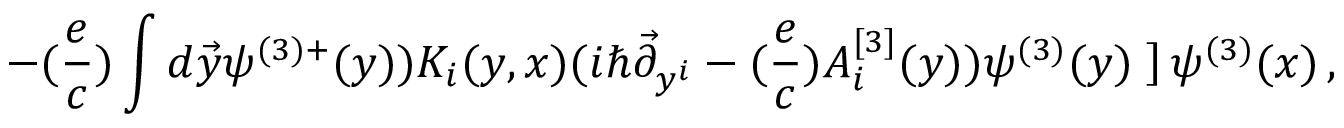
- ( { \frac { e } { c } } ) \int d \vec { y } \psi ^ { ( 3 ) + } ( y ) ) K _ { i } ( y , x ) ( i \hbar \vec { \partial } _ { y ^ { i } } - ( { \frac { e } { c } } ) A _ { i } ^ { [ 3 ] } ( y ) ) \psi ^ { ( 3 ) } ( y ) \left. \right] \psi ^ { ( 3 ) } ( x ) \, ,